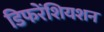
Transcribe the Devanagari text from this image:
डिफरेंशियशन